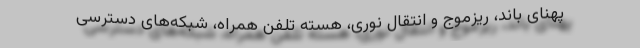
پهنای باند، ریزموج و انتقال نوری، هسته تلفن همراه، شبکه‌های دسترسی